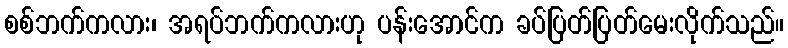
စစ်ဘက်ကလား၊ အရပ်ဘက်ကလားဟု ပန်းအောင်က ခပ်ပြတ်ပြတ်မေးလိုက်သည်။